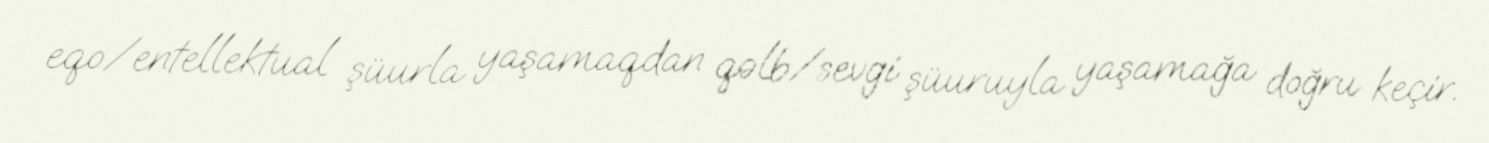
eqo/entellektual şüurla yaşamaqdan qəlb/sevgi şüuruyla yaşamağa doğru keçir.